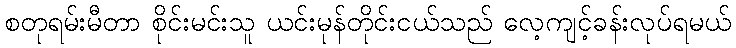
စတုရမ်းမီတာ စိုင်းမင်းသူ ယင်းမုန်တိုင်းငယ်သည် လေ့ကျင့်ခန်းလုပ်ရမယ်